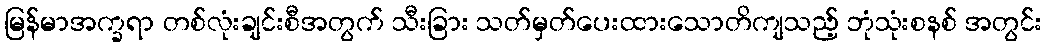
မြန်မာအက္ခရာ တစ်လုံးချင်းစီအတွက် သီးခြား သတ်မှတ်ပေးထားသောတိကျသည့် ဘုံသုံးစနစ် အတွင်း